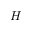
H